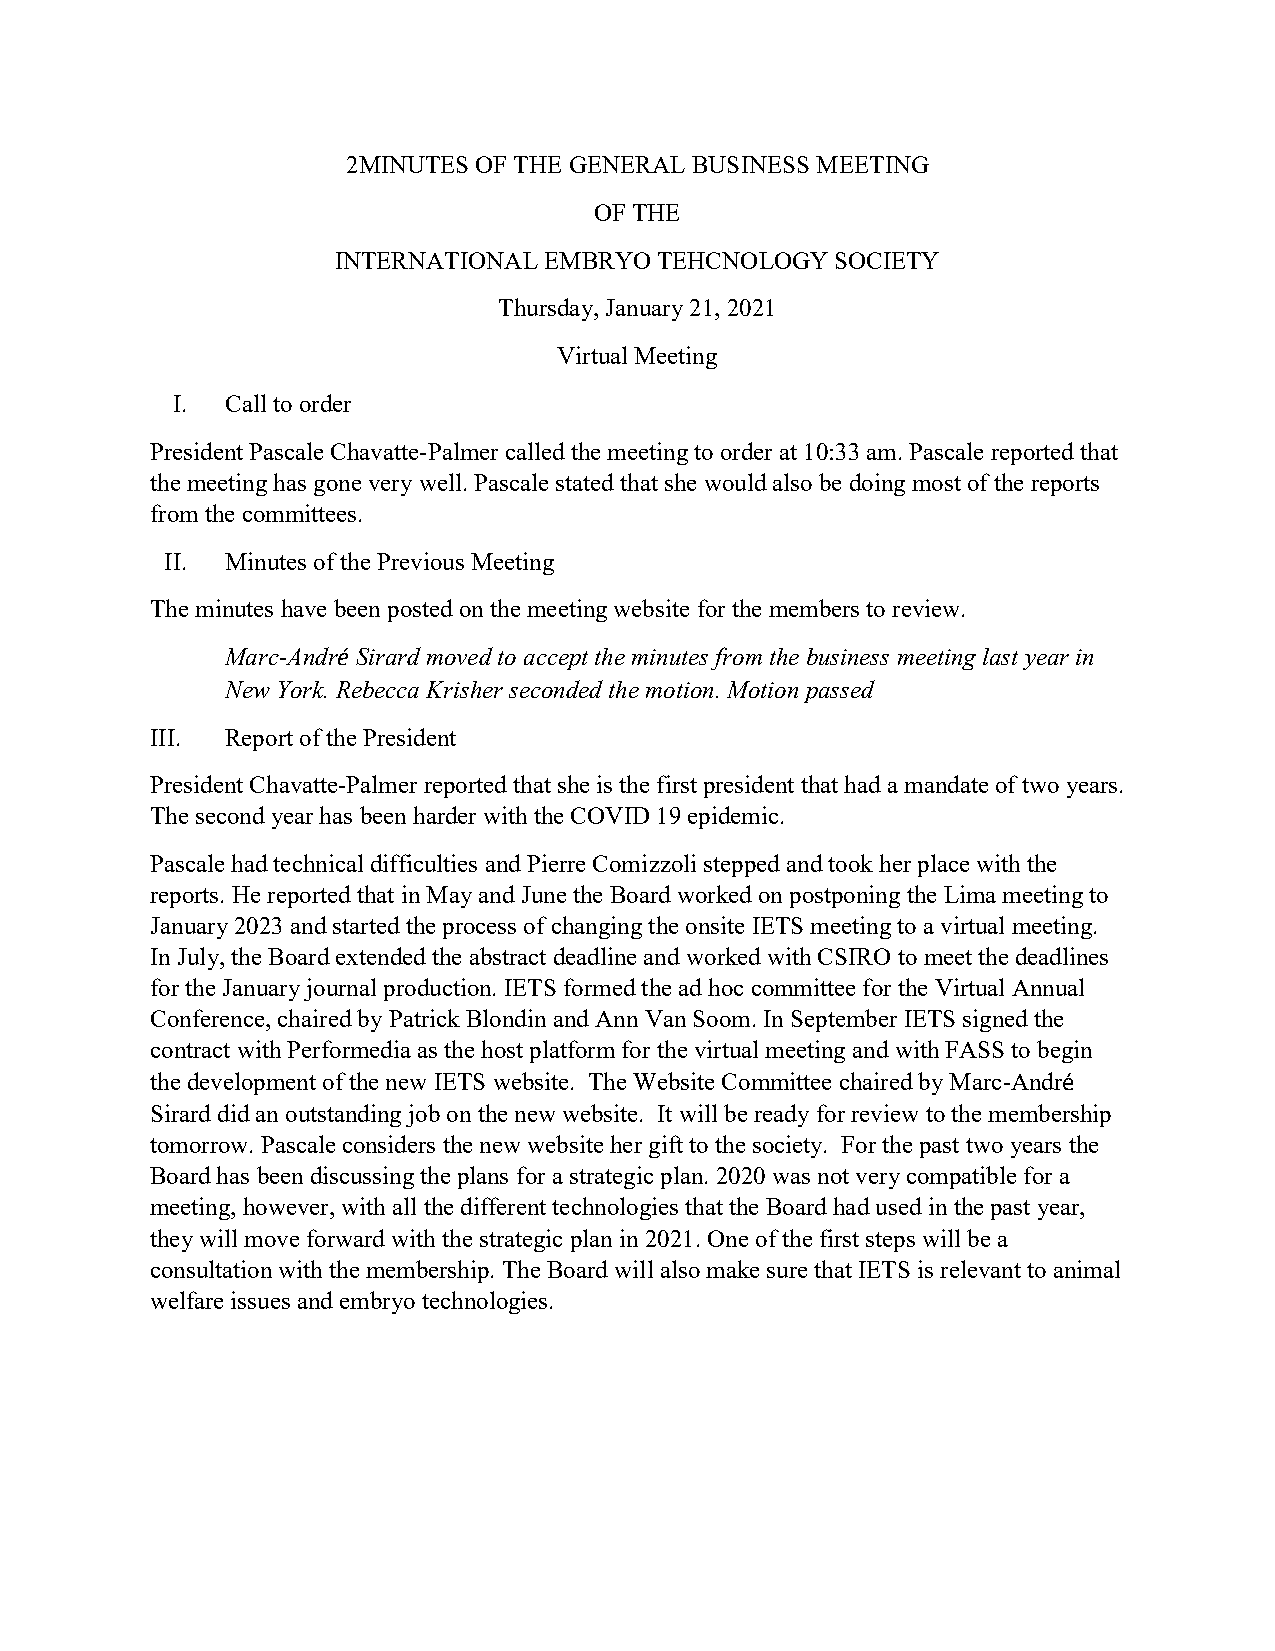
2MINUTES OF THE GENERAL BUSINESS MEETING
 OF THE
 INTERNATIONAL EMBRYO TEHCNOLOGY  SOCIETY
 Thursday, January 21, 2021
 Virtual Meeting
 I.  Call to order
 President Pascale Chavatte-Palmer called the meeting to order at 10:33 am. Pascale reported that
 the meeting has gone very well. Pascale stated that she would also be doing most of the reports
 from the committees.
 II. Minutes of the Previous Meeting
 The minutes have been posted on the meeting website for the members to review.
 Marc-André Sirard moved to accept the minutes from the business meeting last year in
 New York. Rebecca Krisher seconded the motion. Motion passed
 III. Report of the President
 President Chavatte-Palmer reported that she is the first president that had a mandate of two years.
 The second year has been harder with the COVID 19 epidemic.
 Pascale had technical difficulties and Pierre Comizzoli stepped and took her place with the
 reports. He reported that in May and June the Board worked on postponing the Lima meeting to
 January 2023 and started the process of changing the onsite IETS meeting to a virtual meeting.
 In July, the Board extended the abstract deadline and worked with CSIRO to meet the deadlines
 for the January journal production. IETS formed the ad hoc committee for the Virtual Annual
 Conference, chaired by Patrick Blondin and Ann Van Soom. In September IETS signed the
 contract with Performedia as the host platform for the virtual meeting and with FASS to begin
 the development of the new IETS website. The Website Committee chaired by Marc-André
 Sirard did an outstanding job on the new website. It will be ready for review to the membership
 tomorrow. Pascale considers the new website her gift to the society. For the past two years the
 Board has been discussing the plans for a strategic plan. 2020 was not very compatible for a
 meeting, however, with all the different technologies that the Board had used in the past year,
 they will move forward with the strategic plan in 2021. One of the first steps will be a
 consultation with the membership. The Board will also make sure that IETS is relevant to animal
 welfare issues and embryo technologies.